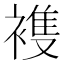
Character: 𮖤